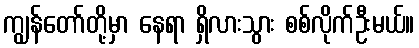
ကျွန်တော်တို့မှာ နေရာ ရှိလားသွား စစ်လိုက်ဦးမယ်။